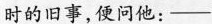
时的旧事,便问他：——